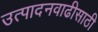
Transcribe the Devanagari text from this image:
उत्पादनवाढीसाठी